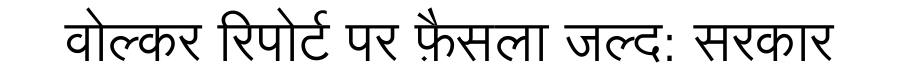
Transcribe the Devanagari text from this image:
वोल्कर रिपोर्ट पर फ़ैसला जल्द: सरकार